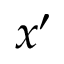
x ^ { \prime }